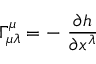
\Gamma _ { \mu \lambda } ^ { \mu } = - \ \frac { \partial h } { \partial x ^ { \lambda } }